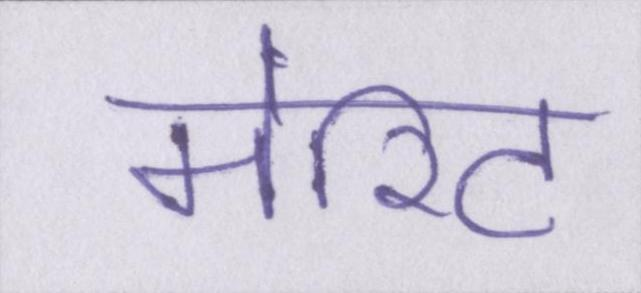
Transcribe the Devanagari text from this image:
मेरिट